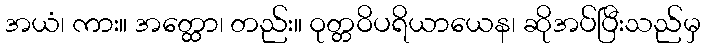
အယံ၊ ကား။ အတ္ထော၊ တည်း။ ဝုတ္တဝိပရိယာယေန၊ ဆိုအပ်ပြီးသည်မှ